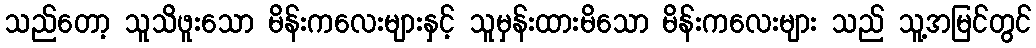
သည်တော့ သူသိဖူးသော မိန်းကလေးများနှင့် သူမှန်းထားမိသော မိန်းကလေးများ သည် သူ့အမြင်တွင်